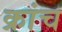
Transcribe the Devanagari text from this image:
क्रांच